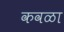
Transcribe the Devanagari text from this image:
कवळा